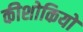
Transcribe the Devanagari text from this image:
कीशोकियों